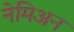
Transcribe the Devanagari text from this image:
नेमिअन